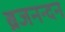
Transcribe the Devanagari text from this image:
ब्रजनन्दन